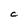
Character: C